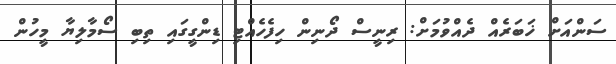
ސަންއަށް ޚަބަރެއް ދެއްވުމަށް: ރިނީސް ދޯނިން ހިފެހެއްޓި ޑިންގީގައި ތިބި ސޯމާލިޔާ މީހުން